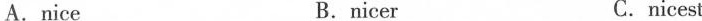
A.nice B.nicer C.nicest